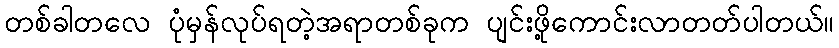
တစ်ခါတလေ ပုံမှန်လုပ်ရတဲ့အရာတစ်ခုက ပျင်းဖို့ကောင်းလာတတ်ပါတယ်။